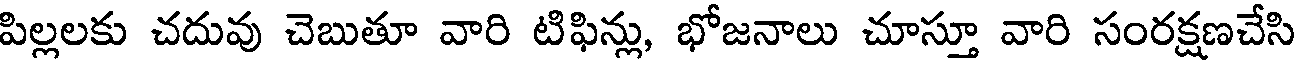
పిల్లలకు చదువు చెబుతూ వారి టిఫిన్లు, భోజనాలు చూస్తూ వారి సంరక్షణచేసి